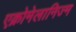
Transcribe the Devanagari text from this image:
एक्रोमेलानिज्म